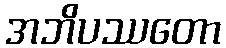
အဘိပဿတော